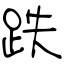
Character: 跌